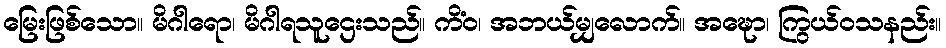
မြေးဖြစ်သော။ မိဂါရော၊ မိဂါရသူဌေးသည်။ ကိံဝ၊ အဘယ်မျှလောက်။ အဍ္ဎော၊ ကြွယ်ဝသနည်း။